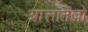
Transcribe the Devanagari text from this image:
त्रात्तातेल्लो